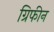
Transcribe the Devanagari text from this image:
ग्रिफीन